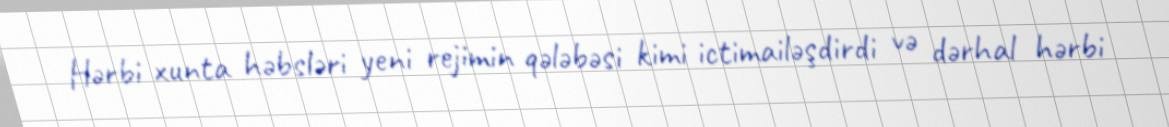
Hərbi xunta həbsləri yeni rejimin qələbəsi kimi ictimailəşdirdi və dərhal hərbi